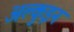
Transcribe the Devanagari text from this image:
अल्कुइन